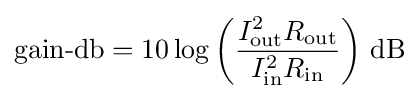
{\text{gain-db}}=10\log {\left({\frac {I_{\text{out}}^{2}R_{\text{out}}}{I_{\text{in}}^{2}R_{\text{in}}}}\right)}~{\text{dB}}